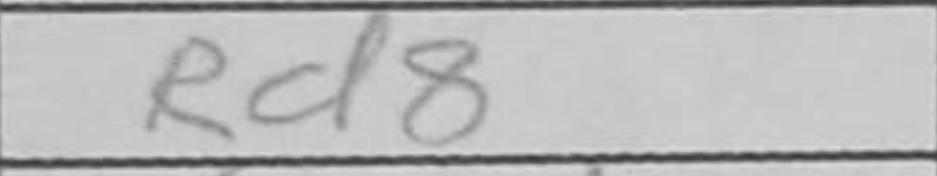
Transcription: Rd8